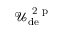
\mathcal { U } _ { \mathrm { d e } } ^ { \mathrm { ~ 2 ~ p ~ } }